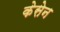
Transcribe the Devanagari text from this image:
केसेन